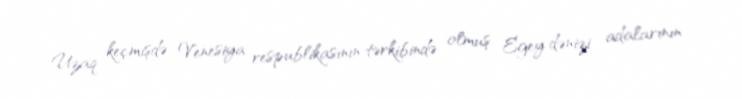
Uzaq keçmişdə Venesiya respublikasının tərkibində olmuş Egey dənizi adalarının